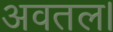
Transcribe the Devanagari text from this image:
अवतल।